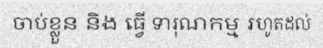
ចាប់ខ្លួន និង ធ្វើ ទារុណកម្ម រហូតដល់